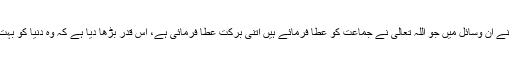
لیکن اللہ تعالیٰ نے ان وسائل میں جو اللہ تعالیٰ نے جماعت کو عطا فرمائے ہیں اتنی برکت عطا فرمائی ہے، اس قدر بڑھا دیا ہے کہ وہ دنیا کو بہت نظر آتے ہیں۔